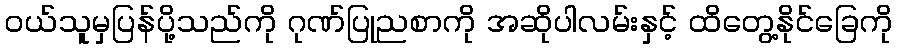
ဝယ်သူမှပြန်ပို့သည်ကို ဂုဏ်ပြုညစာကို အဆိုပါလမ်းနှင့် ထိတွေ့နိုင်ခြေကို